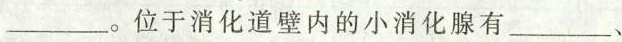
___。位于消化道壁内的小消化腺有___、